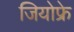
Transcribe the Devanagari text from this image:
जियोफ्रे